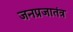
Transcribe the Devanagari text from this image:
जनप्रजातंत्र